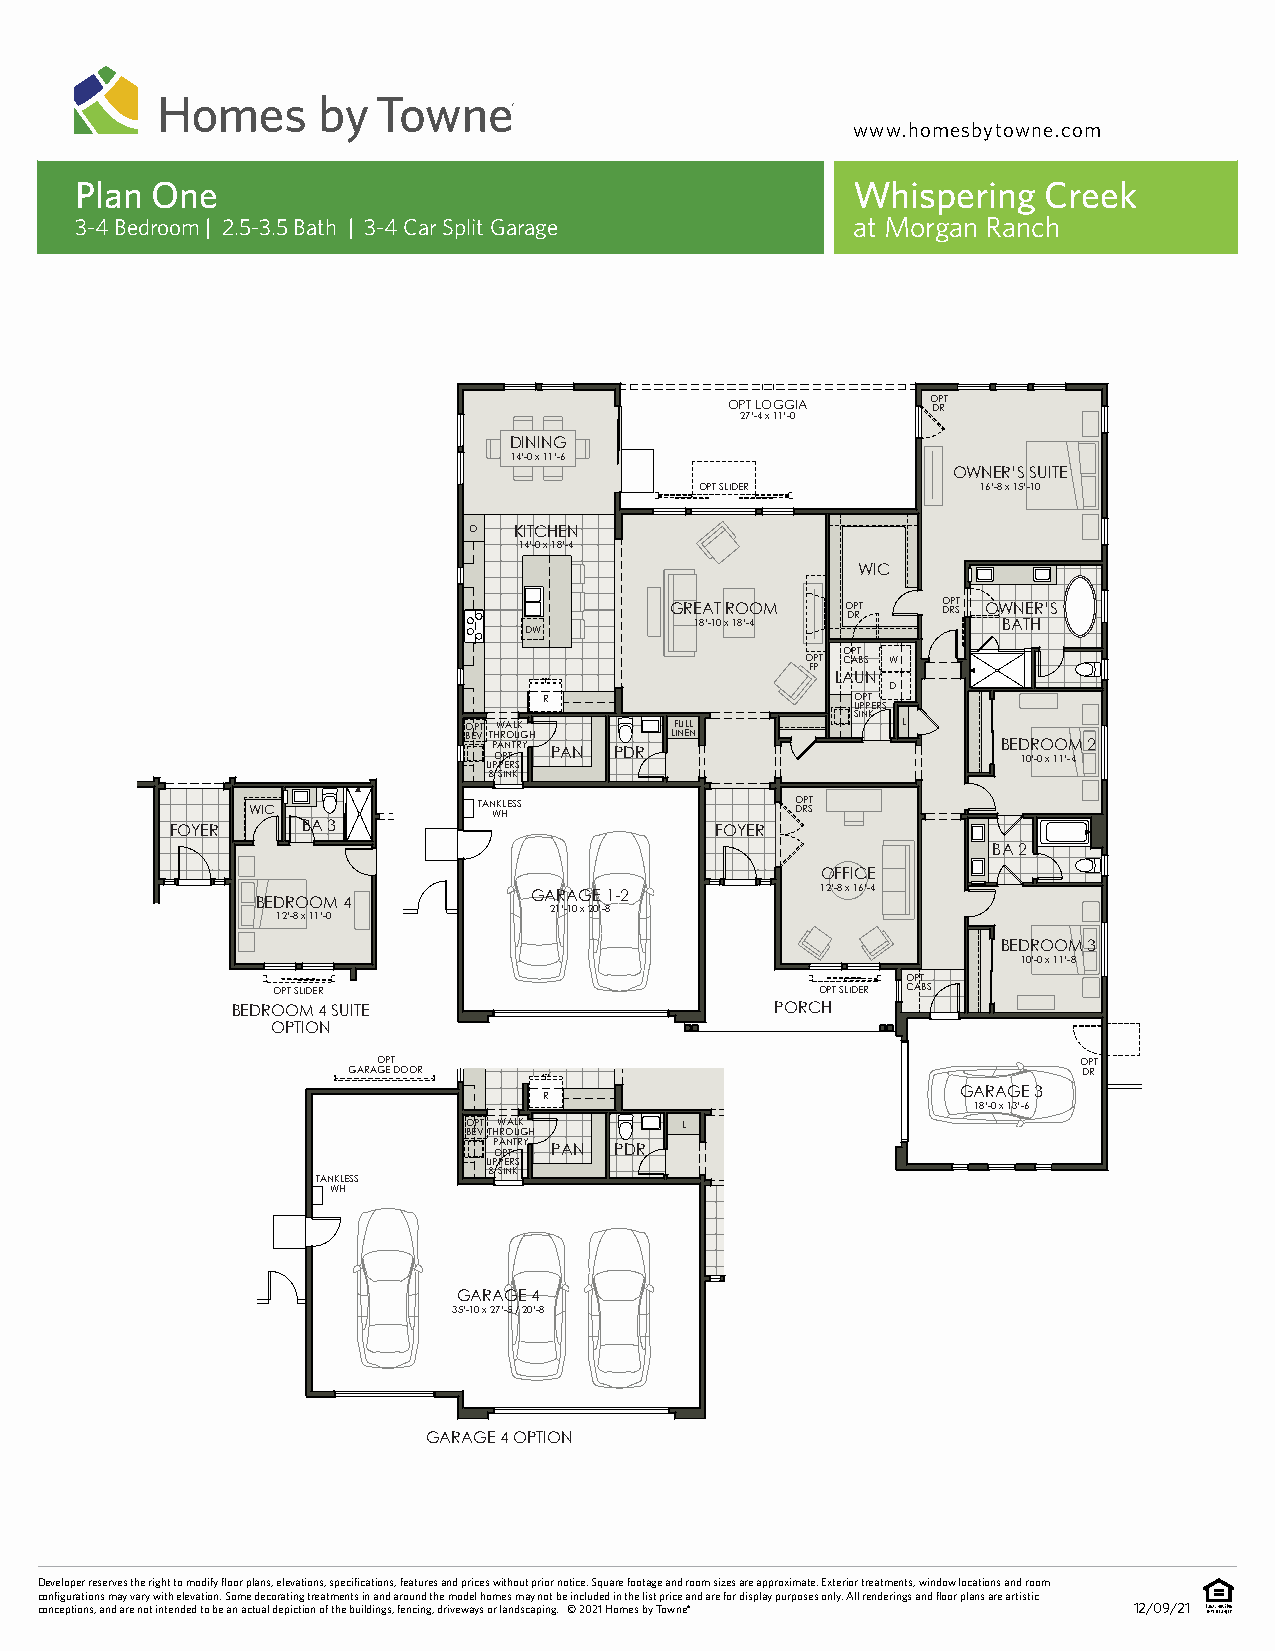
www.homesbytowne.com
 Plan One                                           Whispering   Creek
 3-4 Bedroom | 2.5-3.5 Bath | 3-4 Car Split Garage  at Morgan Ranch
 OPT LOGGIA    O DP RT
 27’-4 x 11’-0
 DINING
 14’-0 x 11’-6
 OWNER’S SUITE
 OPT SLIDER         16’-8 x 15’-10
 O  KITCHEN
 14’-0 x 18’-4
 WIC
 GREAT ROOM  O DP RT O DRP ST OWNER’S
 18’-10 x 18’-4      BATH
 DW
 OPT
 OPT CABS W
 FP
 LAUN
 D
 R                    OPT
 UPPERS
 SINK
 OPT WALK      FULL           L
 BEV THROUGH  LINEN
 UP POA PP EN T RT SRY PAN PDR     BED 10R ’-0O x 1O 1’-M 4 2
 & SINK
 WIC             TAN WK HLESS         O DRP ST
 FOYER    BA 3                       FOYER
 BA 2
 OFFICE
 GARAGE 1-2         12’-8 x 16’-4
 BEDROOM 4
 21’-10 x 20’-8
 12’-8 x 11’-0
 BEDROOM 3
 10’-0 x 11’-8
 OPT
 OPT SLIDER                          OPT SLIDER CABS
 BEDROOM 4 SUITE                     PORCH
 OPTION
 OPT                                           OPT
 GARAGE DOOR                                      DR
 R                           GARAGE 3
 18’-0 x 13’-6
 OPT WALK      L
 BEV THROUGH
 P OA PN TTRY PAN PDR
 UPPERS
 & SINK
 TANKLESS
 WH
 GARAGE 4
 35’-10 x 27’-5 / 20’-8
 GARAGE 4 OPTION
 Developer reserves the right to modify floor plans, elevations, specifications, features and prices without prior notice. Square footage and room sizes are approximate. Exterior treatments, window locations and room
 configurations may vary with elevation. Some decorating treatments in and around the model homes may not be included in the list price and are for display purposes only. All renderings and floor plans are artistic
 conceptions, and are not intended to be an actual depiction of the buildings, fencing, driveways or landscaping. © 2021 Homes by Towne® 12/09/21